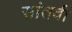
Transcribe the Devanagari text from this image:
सांतवीं